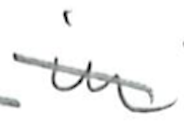
Text: in
Cross-out: mix
Writing tool: pencil